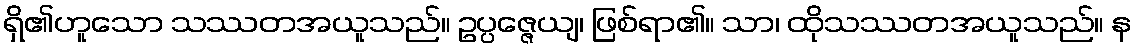
ရှိ၏ဟူသော သဿတအယူသည်။ ဥပ္ပဇ္ဇေယျ၊ ဖြစ်ရာ၏။ သာ၊ ထိုသဿတအယူသည်။ န